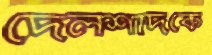
দেলশাদকে